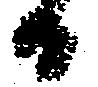
日